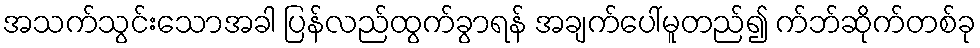
အသက်သွင်းသောအခါ ပြန်လည်ထွက်ခွာရန် အချက်ပေါ်မူတည်၍ က်ဘ်ဆိုက်တစ်ခု